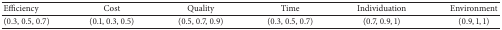
<table><thead><tr><td><b>Efficiency</b></td><td><b>Cost</b></td><td><b>Quality</b></td><td><b>Time</b></td><td><b>Individuation</b></td><td><b>Environment</b></td></tr></thead><tbody><tr><td>(0.3, 0.5, 0.7)</td><td>(0.1, 0.3, 0.5)</td><td>(0.5, 0.7, 0.9)</td><td>(0.3, 0.5, 0.7)</td><td>(0.7, 0.9, 1)</td><td>(0.9, 1, 1)</td></tr></tbody></table>